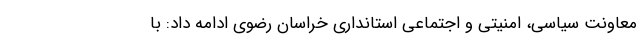
معاونت سیاسی، امنیتی و اجتماعی استانداری خراسان رضوی ادامه داد: با